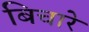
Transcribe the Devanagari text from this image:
बिचारे